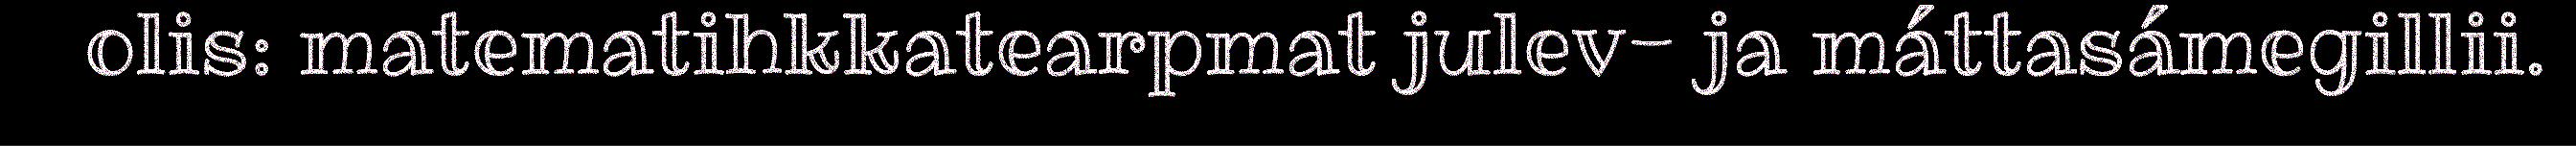
olis: matematihkkatearpmat julev- ja máttasámegillii.